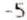
-5